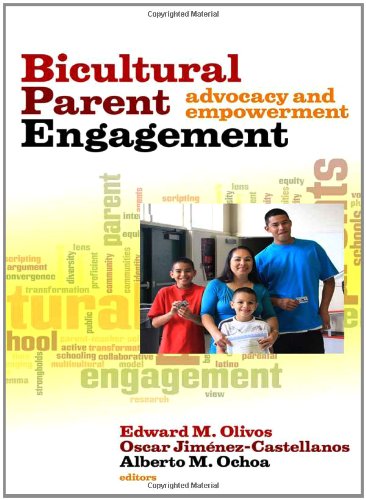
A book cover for Bicultural Parent Engagement: Advocacy and Empowerment; Edward M. Olivos; Education & Teaching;